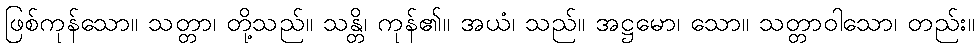
ဖြစ်ကုန်သော။ သတ္တာ၊ တို့သည်။ သန္တိ၊ ကုန်၏။ အယံ၊ သည်။ အဋ္ဌမော၊ သော။ သတ္တာဝါသော၊ တည်း။